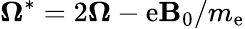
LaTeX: {\boldsymbol\Omega^{*}=2\boldsymbol\Omega-\mathrm{e}\mathbf{B}_{0}/m_{\mathrm{e}}}